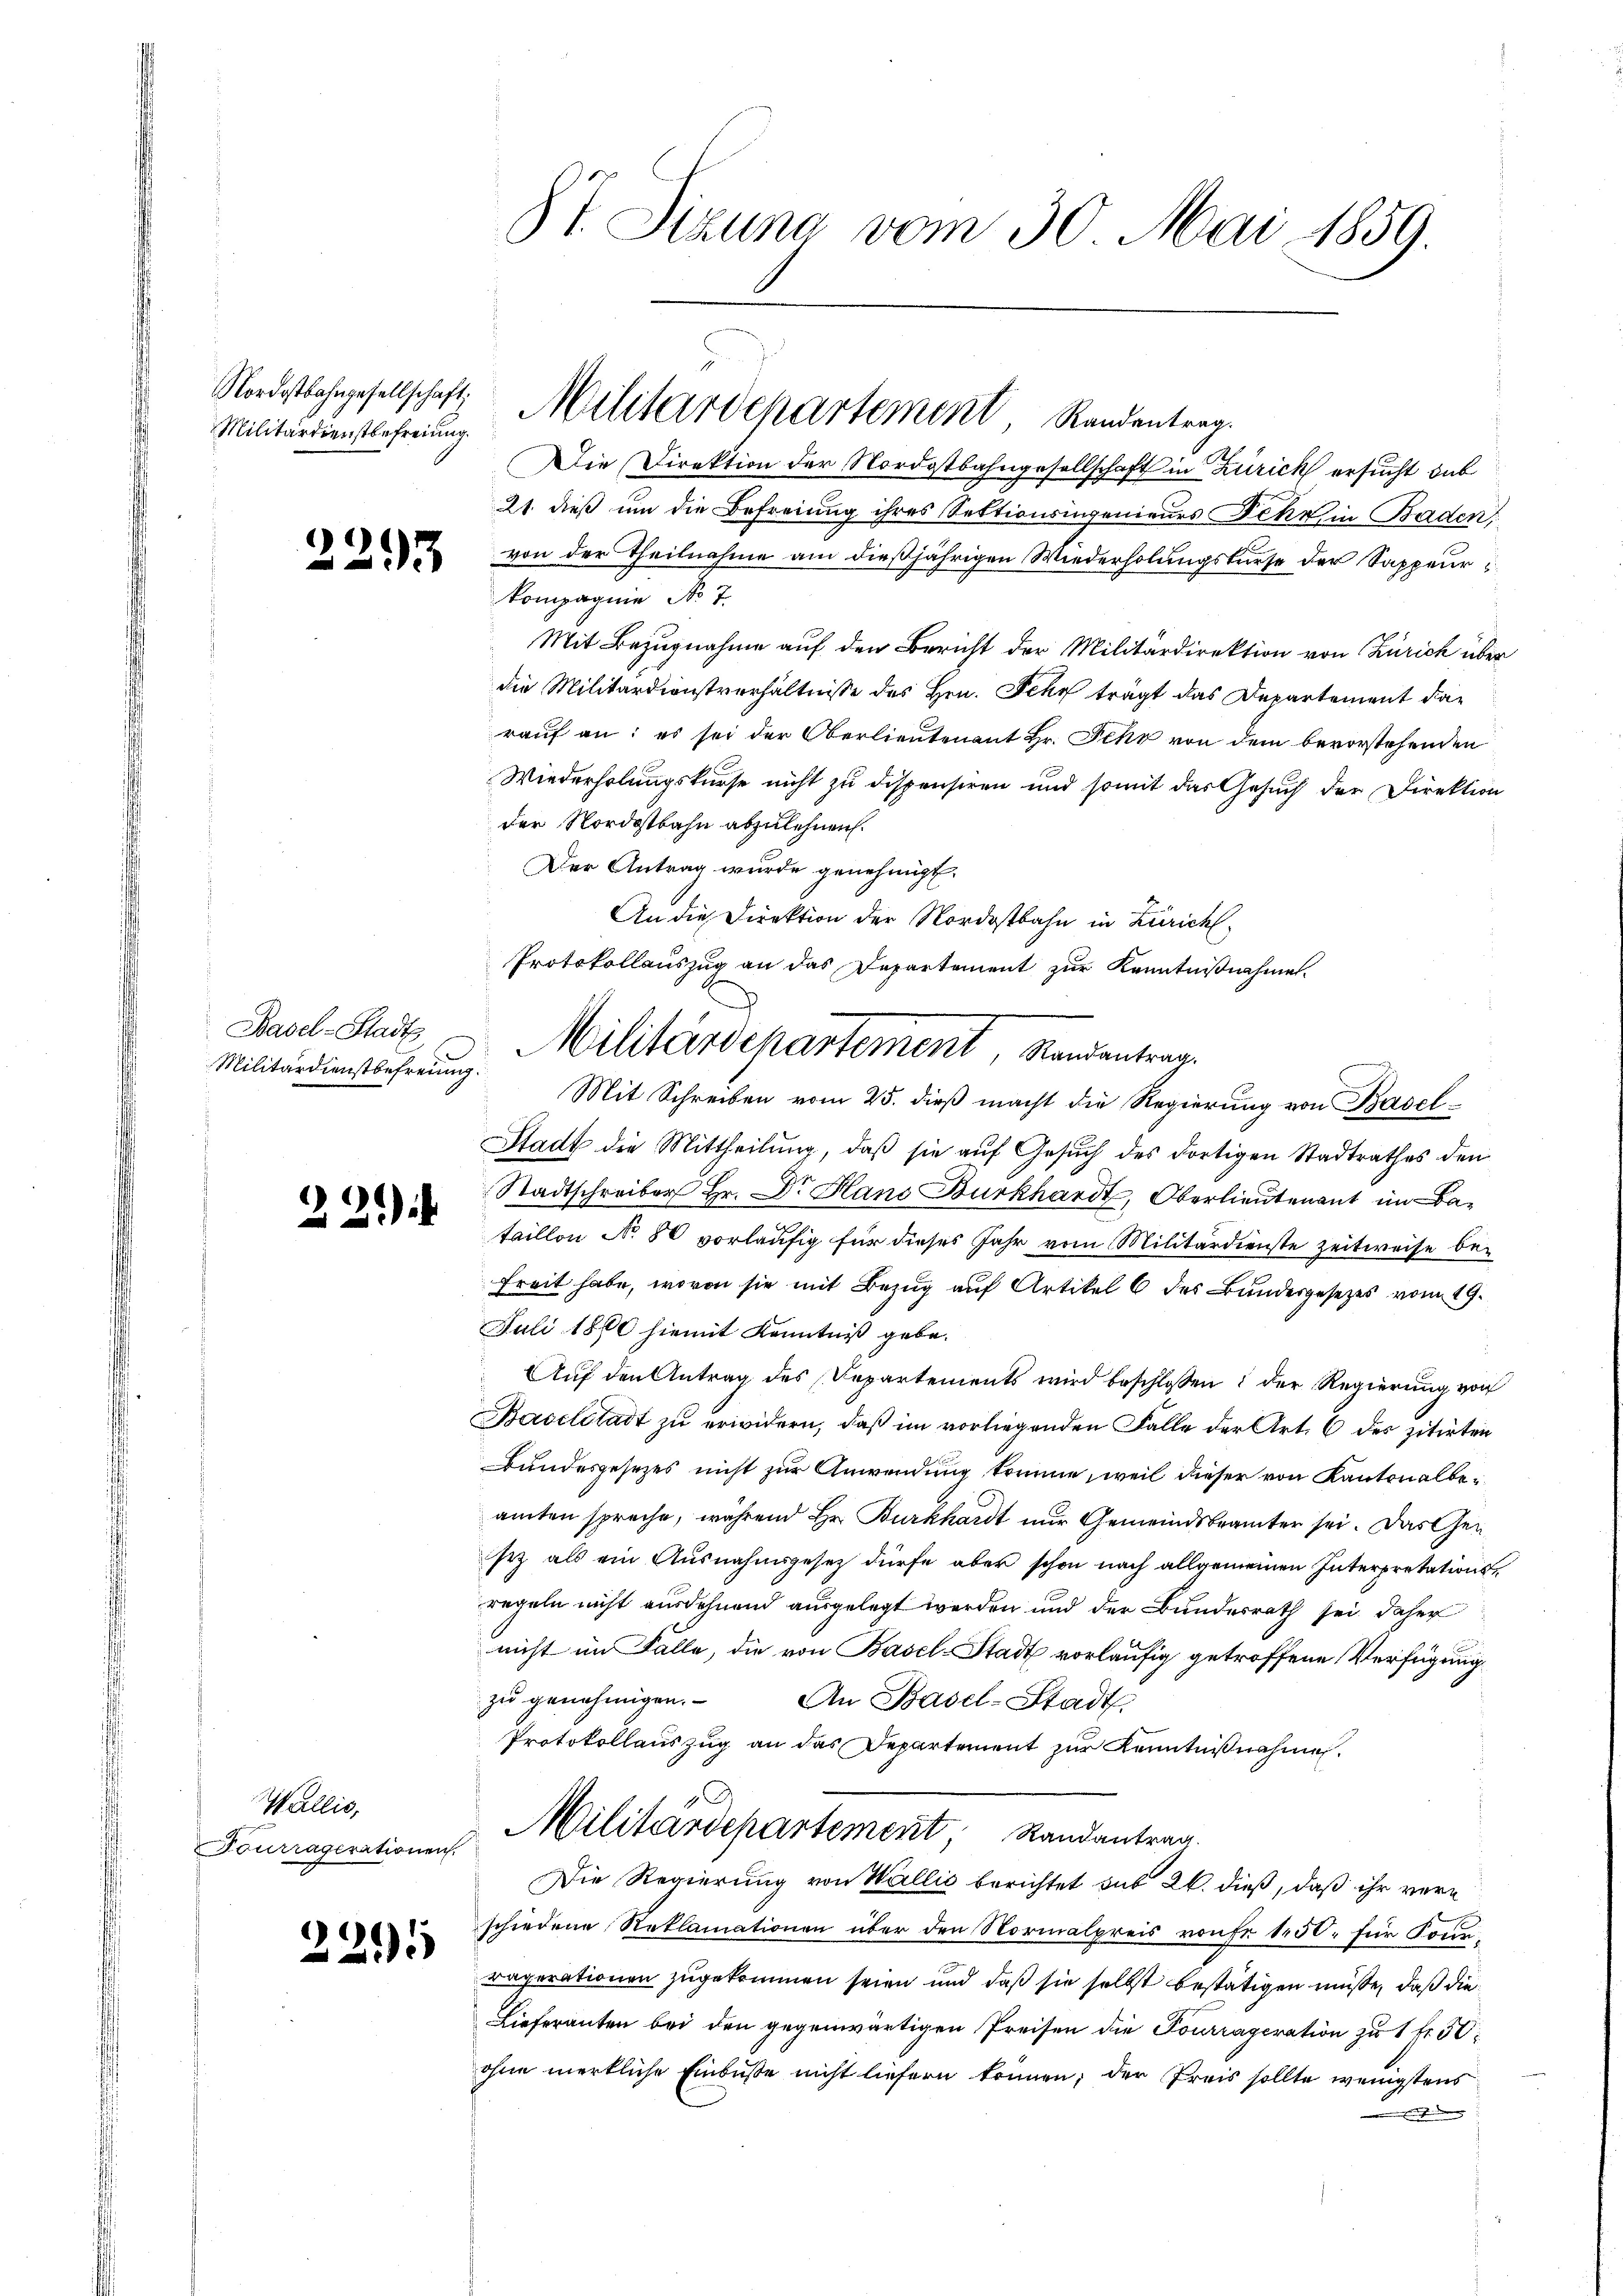
Militärdienstbefreiung.

2293

Basel-Stadt

¬
3

Wallig
Tourragerationen.

2295

Die Direktion der Nordostbahngesellschaft in Zürich ersucht dab
21. dieß um die Befreiung ihres Sektionsingenieurs Fehr in Baden,
von der Theilnahme am dießjährigen Wiederholungskurse der Sappeurkompagnie No 7.
Mit Bezugnahme auf den Bericht der Militärdirektion von Zürich über
die Militärdienstverhältnisse des Hrn. Ich trägt das Departement darauf an: es sei der Oberlieutenant Hr. Sehr von dem bevorstehenden
Wiederholungskurse nicht zu dispensiren und somit das Gesuch der Direktion
der Nordostbahn abzulehnen.
Der Antrag wurde genehmigt.
An die Direktion der Nordostbahn in Zürich,
Protokollauszug an das Departement zur Kenntnißnahme
Militärdienstbefreŭng. Mit Schreiben vom 25. dieβ macht die Regierung von Basel¬
Stadt die Mittheilung, daß sie auf Gesuch des dortigen Stadtrathes den
Stadtschreiber Hr. Dr. Hans Burkhardt, Oberlieutenant im Bataillon No 80 vorläufig für dieses Jahr vom Militärdienste zeitweise befreit habe, wovon sie mit Bezug auf Artikel 6 des Bundesgesetzes vom 19.
Juli 1860 hiemit Kenntniß gebe.
Auf den Antrag des Departements wird beschlossen: der Regierung von
Baselstadt zu erwidern, daß im vorliegenden Falle der Art. 6 des zitirten
Bundesgesezes nicht zur Anwendung komme, weil dieser von Kantonalbeamten spreche, während Hr. Burkhardt nur Gemeindsbeamter sei. Das Gesez als ein Ausnahmsgesetz dürfe aber schon nach allgemeinen Interpretationsregeln nicht ausdehnend ausgelegt werden und der Bundesrath sei daher
nicht im Falle, die von Basel-Stadt vorläufig getroffene Verfügung
zu genehmigen.
An Basel-Stadt
Protokollauszug an das Departement zur Kenntnißnahme
Militärdepartement, Randantrag.
Die Regierung von Wallić berichtet sub 26. dieß, daß ihr verschiedene Reklamationen über den Normalpreis vonfr 150. für Fourraperationen zugekommen seien und daß sie selbst bestätigen müßte, daß die
Lieferanten bei den gegenwärtigen Preisen die Tourrageration zu 1 fr. 30
ohne merkliche Einbuße nicht liefern können; der Preis sollte wenigstens

87. Sizung vom 30. Mai 1859.

Nordostbahngesellschaft, Militärdepartement Randantrag.

Militärdepartement, Randantrag